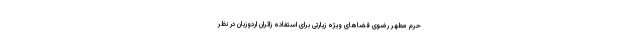
حرم مطهر رضوی فضاهای ویژه زیارتی برای استفاده زائران اردوزبان در نظر